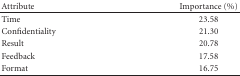
<table><thead><tr><td><b>Attribute</b></td><td><b>Importance (%)</b></td></tr></thead><tbody><tr><td>Time</td><td>23.58</td></tr><tr><td>Confidentiality</td><td>21.30</td></tr><tr><td>Result</td><td>20.78</td></tr><tr><td>Feedback</td><td>17.58</td></tr><tr><td>Format</td><td>16.75</td></tr></tbody></table>